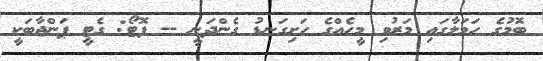
ބޮމުގެ ހަމަލާގައި މަރުވި މީހެއްގެ ހަށިގަނޑު ގެންދަނީ -- ފޮޓޯ: ގެޓީ ޕަންޖާބަކީ